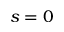
s = 0